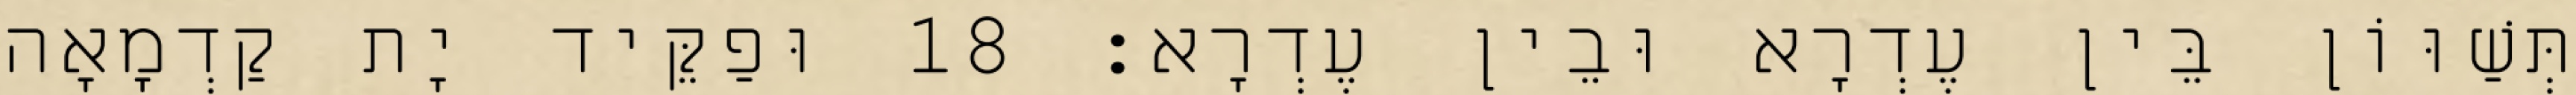
תְּשַׁוּוֹן בֵּין עֶדְרָא וּבֵין עֶדְרָא׃ 18 וּפַקֵּיד יָת קַדְמָאָה